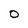
Character: 0